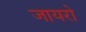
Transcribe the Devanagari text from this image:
जायरो